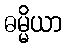
ဓမ္မိယာ